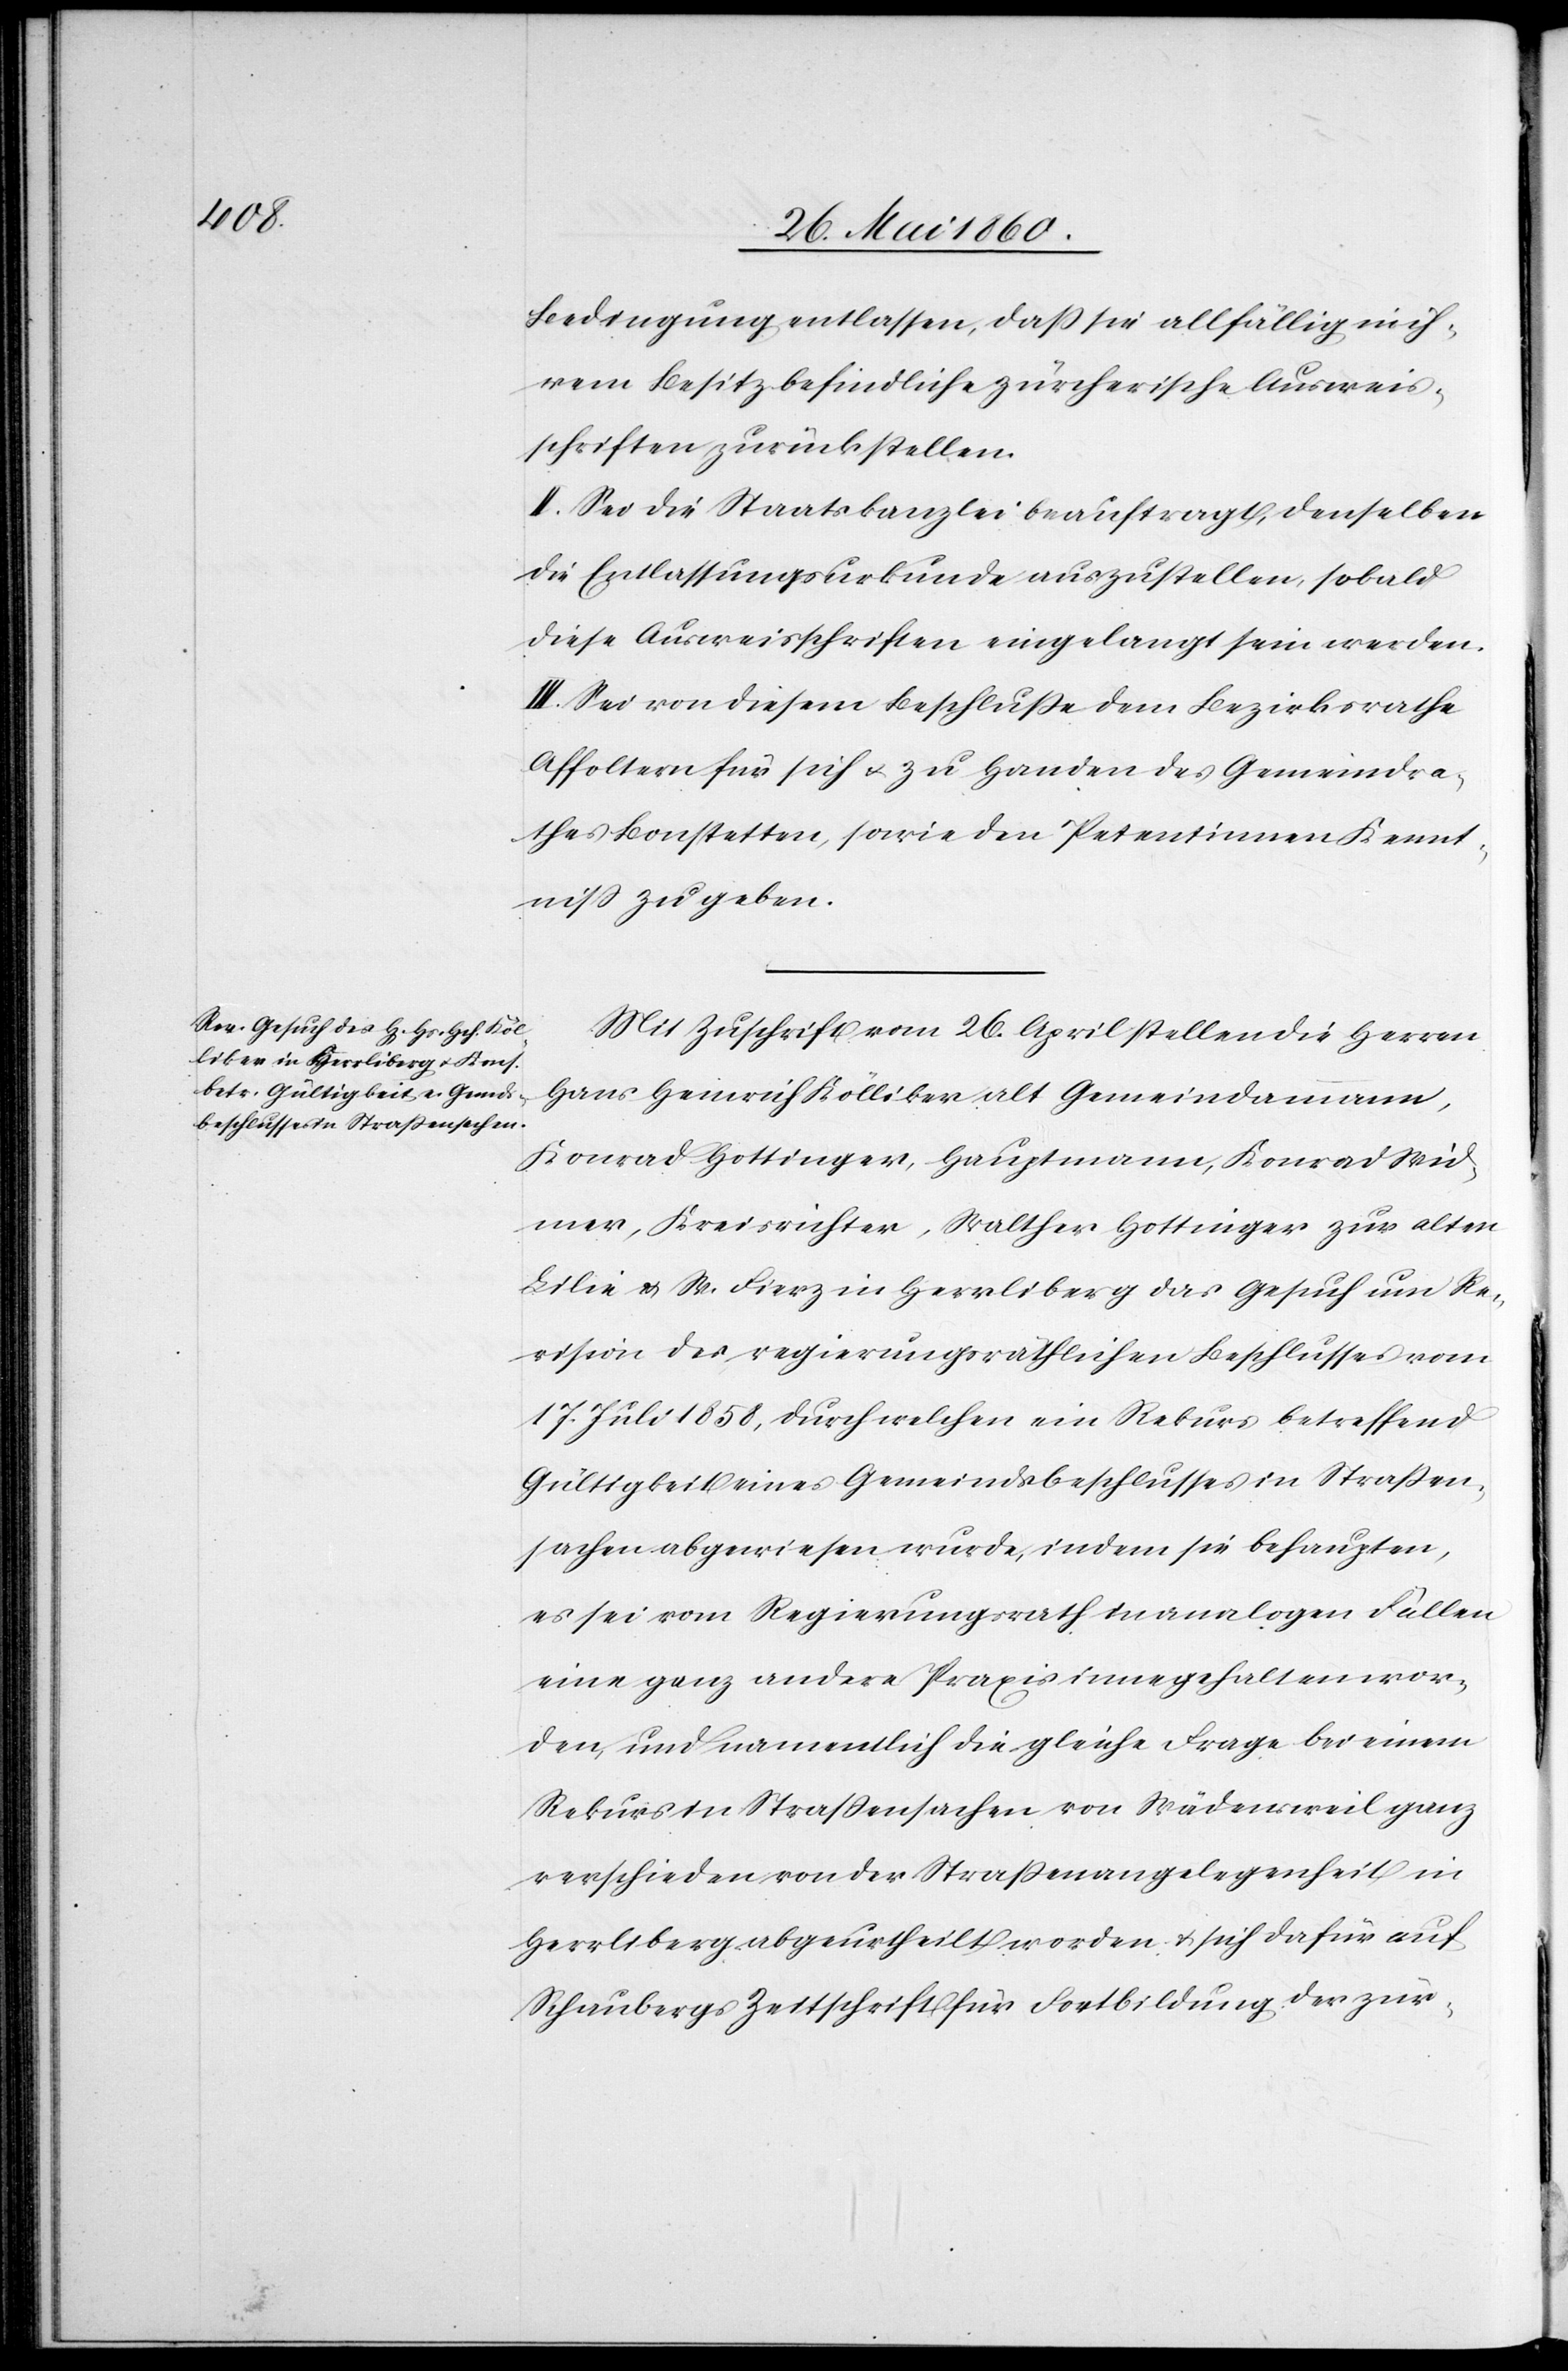
Bedingung entlassen, dass sie allfällig in ih¬
rem Besitz befindliche zürcherische Ausweis¬
schriften zurückstellen.
II. Sei die Staatskanzlei beauftragt, denselben
die Entlassungsurkunde auszustellen, sobald
diese Ausweisschriften eingelangt sein werden.
III. Seien von diesem Beschlusse dem Bezirksrathe
Affoltern für sich u. zu Handen des Gemeindra¬
thes Bonstetten, sowie den Petentinnen Kennt¬
niss zu geben.
Mit Zuschrift vom 26. April stellen die Herren
Hans Heinrich Kölliker alt Gemeindammann,
Konrad Hottinger, Hauptmann, Konrad Wid¬
mer, Kreisrichter, Walther Hottinger zur alten
Lilie u. W. Fierz in Herrliberg das Gesuch um Re¬
vision des regierungsräthlichen Beschlusses vom
17. Juli 1858, durch welchen ein Rekurs betreffend
Gültigkeit eines Gemeindsbeschlusses in Strassen¬
sachen abgewiesen wurde, indem sie behaupten,
es sei vom Regierungsrath in analogen Fällen
eine ganz andere Praxis inngehalten wor¬
den, und namentlich die gleiche Frage bei einem
Rekurs in Strassensachen von Wädensweil ganz
verschieden von der Strassenangelegenheit in
Herrliberg abgeurtheilt worden u. sich dafür auf
Schaubergs Zeitschrift für Fortbildung der zür-